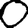
Digit: 0